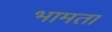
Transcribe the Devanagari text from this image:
भामता